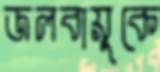
জলবায়ুকে